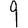
Digit: 9